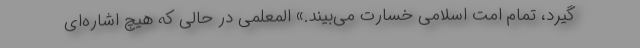
گیرد، تمام امت اسلامی خسارت می‌بیند.» المعلمی در حالی که هیچ اشاره‌ای